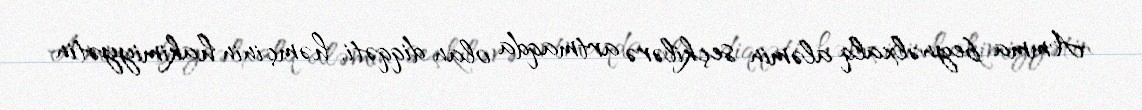
Amma beynəlxalq aləmin seçkilərə artmaqda olan diqqəti, həmçinin hakimiyyətin